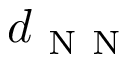
d _ { \mathrm { ~ N ~ N ~ } }